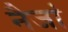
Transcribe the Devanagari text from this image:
नैजां